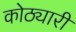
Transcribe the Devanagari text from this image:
कोठ्यारी